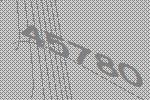
45780